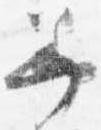
美